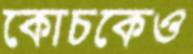
কোচকেও